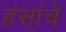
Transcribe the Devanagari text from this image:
हंसांचे